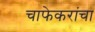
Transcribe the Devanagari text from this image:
चाफेकरांचा